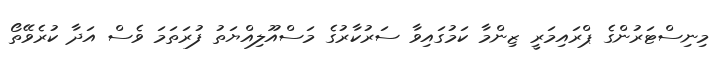
މިނިސްޓަރުންގެ ޕްރައިމަރީ ޒިންމާ ކަމުގައިވާ ސަރުކާރުގެ މަސްއޫލިއްޔަތު ފުރަތަމަ ވެސް އަދާ ކުރެވޭތޯ